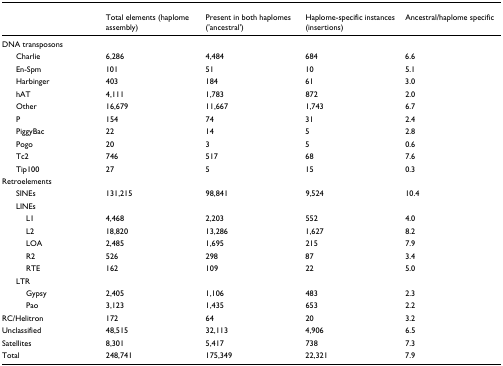
<table><thead><tr><td></td><td><b>Total elements (haplome assembly)</b></td><td><b>Present in both haplomes (&#x27;ancestral&#x27;)</b></td><td><b>Haplome-specific instances (insertions)</b></td><td><b>Ancestral/haplome specific</b></td></tr></thead><tbody><tr><td>DNA transposons</td><td></td><td></td><td></td><td></td></tr><tr><td> Charlie</td><td>6,286</td><td>4,484</td><td>684</td><td>6.6</td></tr><tr><td> En-Spm</td><td>101</td><td>51</td><td>10</td><td>5.1</td></tr><tr><td> Harbinger</td><td>403</td><td>184</td><td>61</td><td>3.0</td></tr><tr><td> hAT</td><td>4,111</td><td>1,783</td><td>872</td><td>2.0</td></tr><tr><td> Other</td><td>16,679</td><td>11,667</td><td>1,743</td><td>6.7</td></tr><tr><td> P</td><td>154</td><td>74</td><td>31</td><td>2.4</td></tr><tr><td> PiggyBac</td><td>22</td><td>14</td><td>5</td><td>2.8</td></tr><tr><td> Pogo</td><td>20</td><td>3</td><td>5</td><td>0.6</td></tr><tr><td> Tc2</td><td>746</td><td>517</td><td>68</td><td>7.6</td></tr><tr><td> Tip100</td><td>27</td><td>5</td><td>15</td><td>0.3</td></tr><tr><td>Retroelements</td><td></td><td></td><td></td><td></td></tr><tr><td> SINEs</td><td>131,215</td><td>98,841</td><td>9,524</td><td>10.4</td></tr><tr><td> LINEs</td><td></td><td></td><td></td><td></td></tr><tr><td>L1</td><td>4,468</td><td>2,203</td><td>552</td><td>4.0</td></tr><tr><td>L2</td><td>18,820</td><td>13,286</td><td>1,627</td><td>8.2</td></tr><tr><td>LOA</td><td>2,485</td><td>1,695</td><td>215</td><td>7.9</td></tr><tr><td>R2</td><td>526</td><td>298</td><td>87</td><td>3.4</td></tr><tr><td>RTE</td><td>162</td><td>109</td><td>22</td><td>5.0</td></tr><tr><td> LTR</td><td></td><td></td><td></td><td></td></tr><tr><td>Gypsy</td><td>2,405</td><td>1,106</td><td>483</td><td>2.3</td></tr><tr><td>Pao</td><td>3,123</td><td>1,435</td><td>653</td><td>2.2</td></tr><tr><td>RC/Helitron</td><td>172</td><td>64</td><td>20</td><td>3.2</td></tr><tr><td>Unclassified</td><td>48,515</td><td>32,113</td><td>4,906</td><td>6.5</td></tr><tr><td>Satellites</td><td>8,301</td><td>5,417</td><td>738</td><td>7.3</td></tr><tr><td>Total</td><td>248,741</td><td>175,349</td><td>22,321</td><td>7.9</td></tr></tbody></table>